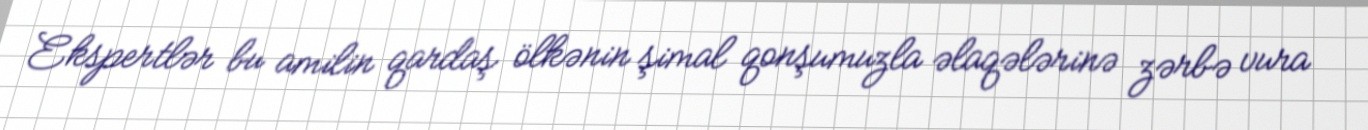
Ekspertlər bu amilin qardaş ölkənin şimal qonşumuzla əlaqələrinə zərbə vura